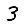
Digit: 3